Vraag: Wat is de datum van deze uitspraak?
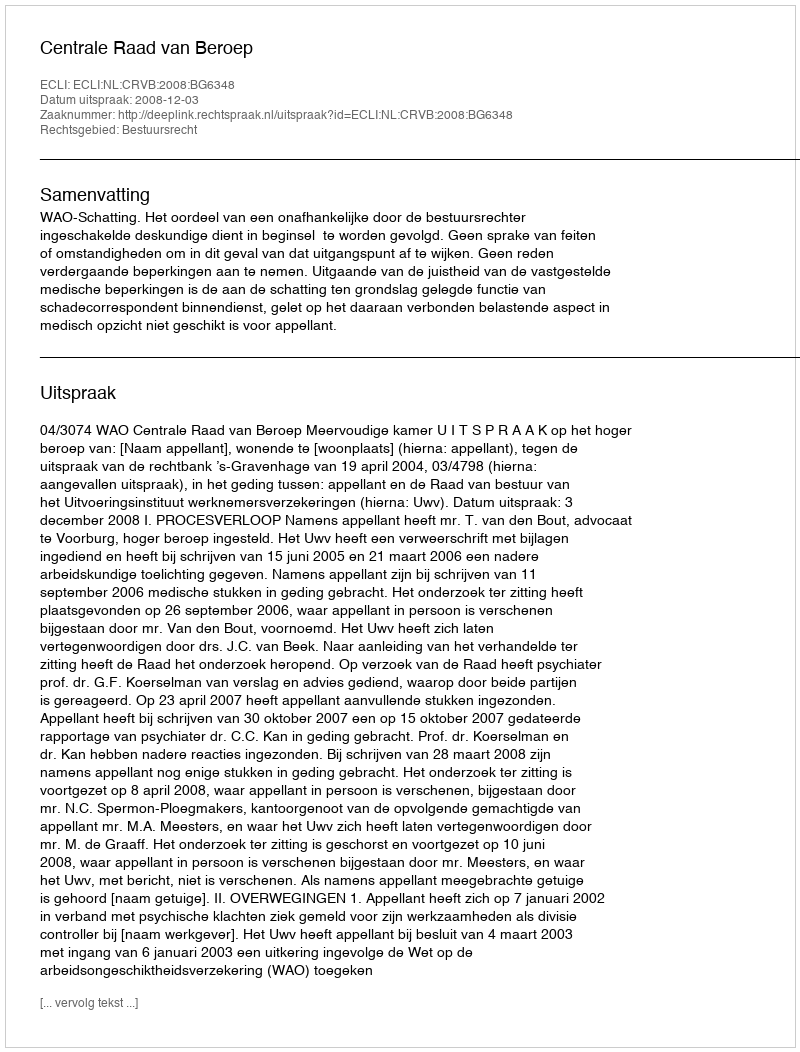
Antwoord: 2008-12-03